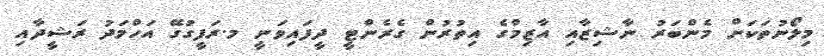
މިލޯނުތަކަށް މެންބަރު ނާޝިޒާއި އާޒިމްގެ އިތުރުން ގެރެންޓީ ދީފައިވަނީ މ.ރަފީގުގޭ އަހްމަދު ރަޝީދާއި